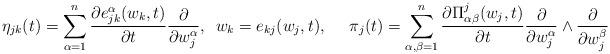
LaTeX: \begin{align*}\eta_{jk}(t)=\sum_{\alpha=1}^n \frac{\partial e_{jk}^\alpha(w_k,t)}{\partial t}\frac{\partial}{\partial w_j^{\alpha}},\,\,\,w_k=e_{kj}(w_j,t),\,\,\,\,\,\,\,\,\pi_j(t)=\sum_{\alpha,\beta=1}^n \frac{\partial \Pi_{\alpha \beta}^{j}(w_j,t)}{\partial t}\frac{\partial}{\partial w_{j}^{\alpha}}\wedge \frac{\partial}{\partial w_{j}^{\beta}}\end{align*}